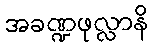
အခဏ္ဍဖုလ္လာနိ